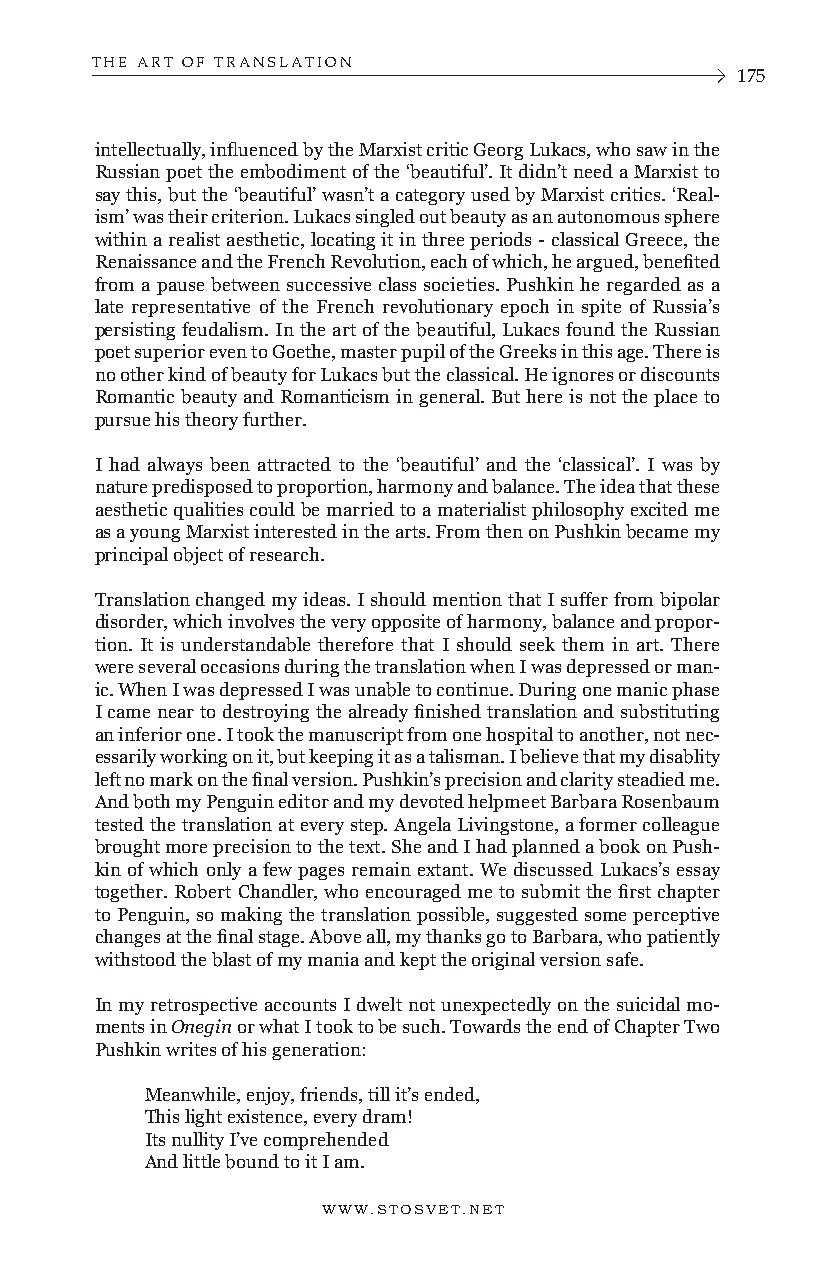
THE ART OF TRANSLATION
 175
 intellectually, influenced by the Marxist critic Georg Lukacs, who saw in the
 Russian poet the embodiment of the ‘beautiful’. It didn’t need a Marxist to
 say this, but the ‘beautiful’ wasn’t a category used by Marxist critics. ‘Real-
 ism’ was their criterion. Lukacs singled out beauty as an autonomous sphere
 within a realist aesthetic, locating it in three periods - classical Greece, the
 Renaissance and the French Revolution, each of which, he argued, benefited
 from a pause between successive class societies. Pushkin he regarded as a
 late representative of the French revolutionary epoch in spite of Russia’s
 persisting feudalism. In the art of the beautiful, Lukacs found the Russian
 poet superior even to Goethe, master pupil of the Greeks in this age. There is
 no other kind of beauty for Lukacs but the classical. He ignores or discounts
 Romantic beauty and Romanticism in general. But here is not the place to
 pursue his theory further.
 I had always been attracted to the ‘beautiful’ and the ‘classical’. I was by
 nature predisposed to proportion, harmony and balance. The idea that these
 aesthetic qualities could be married to a materialist philosophy excited me
 as a young Marxist interested in the arts. From then on Pushkin became my
 principal object of research.
 Translation changed my ideas. I should mention that I suffer from bipolar
 disorder, which involves the very opposite of harmony, balance and propor-
 tion. It is understandable therefore that I should seek them in art. There
 were several occasions during the translation when I was depressed or man-
 ic. When I was depressed I was unable to continue. During one manic phase
 I came near to destroying the already finished translation and substituting
 an inferior one. I took the manuscript from one hospital to another, not nec-
 essarily working on it, but keeping it as a talisman. I believe that my disablity
 left no mark on the final version. Pushkin’s precision and clarity steadied me.
 And both my Penguin editor and my devoted helpmeet Barbara Rosenbaum
 tested the translation at every step. Angela Livingstone, a former colleague
 brought more precision to the text. She and I had planned a book on Push-
 kin of which only a few pages remain extant. We discussed Lukacs’s essay
 together. Robert Chandler, who encouraged me to submit the first chapter
 to Penguin, so making the translation possible, suggested some perceptive
 changes at the final stage. Above all, my thanks go to Barbara, who patiently
 withstood the blast of my mania and kept the original version safe.
 In my retrospective accounts I dwelt not unexpectedly on the suicidal mo-
 ments in Onegin or what I took to be such. Towards the end of Chapter Two
 Pushkin writes of his generation:
 Meanwhile, enjoy, friends, till it’s ended,
 This light existence, every dram!
 Its nullity I’ve comprehended
 And little bound to it I am.
 WWW.STOSVET.NET      WWW.STOSVET.NET